Lunatic asylums Punjab 1881-1894 - 1881-1894
Year: 1881
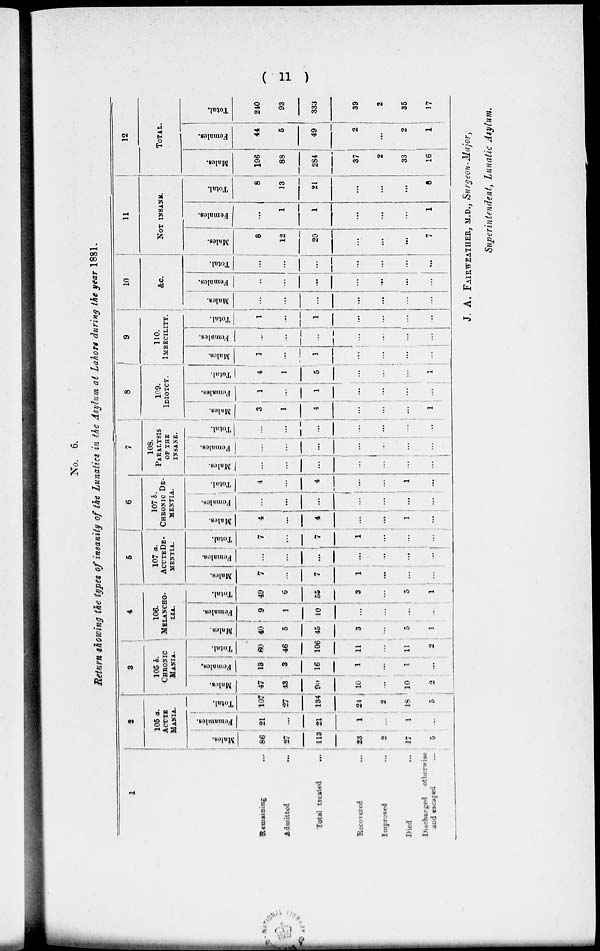
( 11 )
No. 6.
Return showing the types of insanity of the Lunatics in the Asylum at Lahore during the year 1881.
1
Remaining...
Admitted...
Total treated...
Recovered...
Improved...
Died...
Discharged
otherwise
and escaped...
2
105 a.
ACUTE
MANIA.
Males.
86
27
113
23
2
17
5
Females.
21
...
21
1
...
1
...
Total.
107
27
134
24
2
18
5
3
105 6.
CHRONIC
MANIA.
Males.
47
43
90
10
...
10
2
Females.
13
3
16
1
...
1
...
Total.
60
46
106
11
...
11
2
4
106.
MELANCHO-
---.
Males.
40
5
45
3
...
5
1
Females.
9
1
10
...
...
...
...
Total.
49
6
55
3
...
5
1
5
107 a.
ACUTE DE-
-------
Males.
7
...
1
1
...
...
...
Females.
...
...
...
...
...
...
...
Total.
7
...
7
1
...
...
...
6
107 b.
CHRONIC DE-
------.
Males.
4
...
4
...
...
1
...
Females.
...
...
...
...
...
...
...
Total.
4
...
4
...
...
1
...
7
108.
PARALYSIS
OF THE
INSANE.
Males.
...
...
...
...
...
...
...
Females.
...
...
...
...
...
...
...
Total.
...
...
...
...
...
...
...
8
109.
IDIOTCY.
Males.
3
1
4
...
...
...
1
Females.
1
...
1
...
...
...
...
Total.
4
1
5
...
...
...
1
9
110.
IMBECILITY.
Males.
1
...
1
...
...
...
...
Females.
...
...
...
...
...
...
...
Total.
1
...
1
...
...
...
...
10
&c.
Males.
...
...
...
...
...
...
...
Females.
...
...
...
...
...
...
...
Total.
...
...
...
...
...
...
...
11
NOT INSANE.
Males.
8
12
20
...
...
...
7
Females.
...
1
1
...
...
...
1
Total.
8
13
21
...
...
...
8
12
TOTAL.
Males.
196
88
284
37
2
33
16
Females.
44
5
49
2
...
2
1
Total.
240
93
333
39
2
35
17
J. A. FAIRWEATHER, M.D., Surgeon-Major,
Superintendent, Lunatic Asylum.